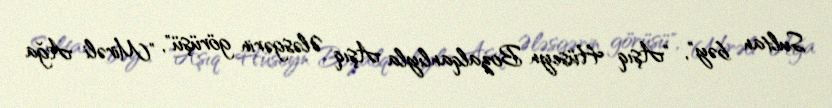
Sultan bəy", "Aşıq Hüseyn Bozalqanlıyla Aşıq Ələsgərin görüşü", "Mirəli Ağa